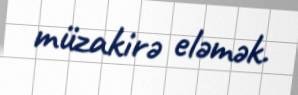
müzakirə eləmək.